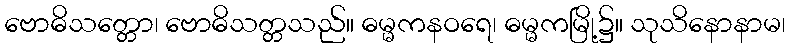
ဗောဓိသတ္တော၊ ဗောဓိသတ္တသည်။ ဓမ္မကနဝရေ၊ ဓမ္မကမြို့၌။ သုသိနောနာမ၊